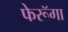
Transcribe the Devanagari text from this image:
फेरूॅगा